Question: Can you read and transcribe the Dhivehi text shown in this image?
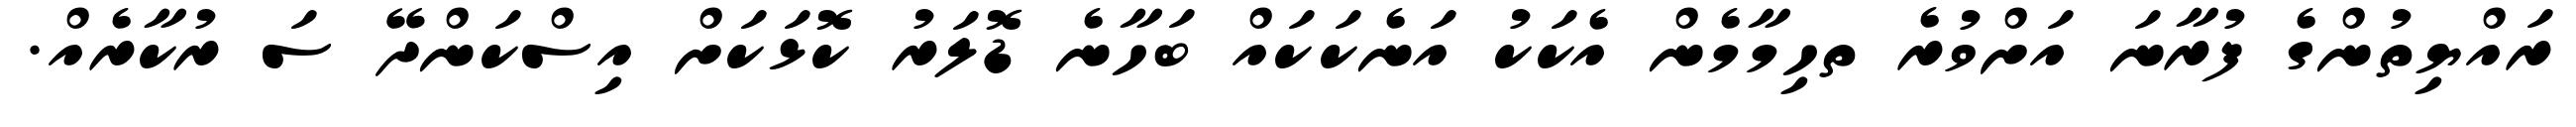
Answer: ރައްޔިތުންގެ ފުރާނަ އަށްވުރެ ތހިމާމެން އެކަކު އަނެކަކައް ބަހާނެ ޑޮލަރު ކޮޅަކަށް އިސްކަންދޭ ސަ ރުކާރެއް.